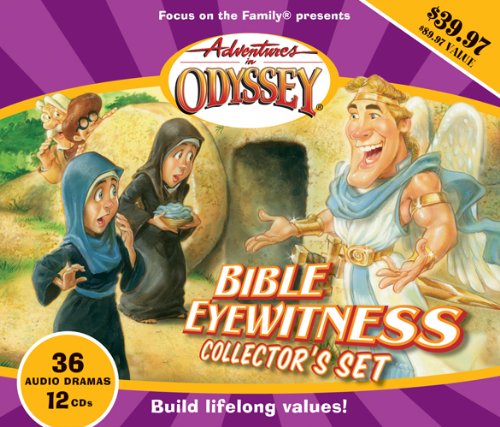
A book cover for Bible Eyewitness Collector's Set - Old Testament (Adventures in Odyssey Classics #3); AIO Team; Humor & Entertainment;